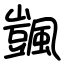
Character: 颽